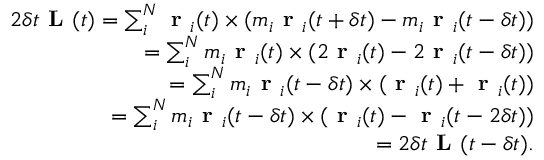
\begin{array} { r } { 2 \delta t \textbf { L } ( t ) = \sum _ { i } ^ { N } \textbf { r } _ { i } ( t ) \times ( m _ { i } \textbf { r } _ { i } ( t + \delta t ) - m _ { i } \textbf { r } _ { i } ( t - \delta t ) ) } \\ { = \sum _ { i } ^ { N } m _ { i } \textbf { r } _ { i } ( t ) \times ( 2 \textbf { r } _ { i } ( t ) - 2 \textbf { r } _ { i } ( t - \delta t ) ) } \\ { = \sum _ { i } ^ { N } m _ { i } \textbf { r } _ { i } ( t - \delta t ) \times ( \textbf { r } _ { i } ( t ) + \textbf { r } _ { i } ( t ) ) } \\ { = \sum _ { i } ^ { N } m _ { i } \textbf { r } _ { i } ( t - \delta t ) \times ( \textbf { r } _ { i } ( t ) - \textbf { r } _ { i } ( t - 2 \delta t ) ) } \\ { = 2 \delta t \textbf { L } ( t - \delta t ) . } \end{array}